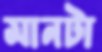
মানটা